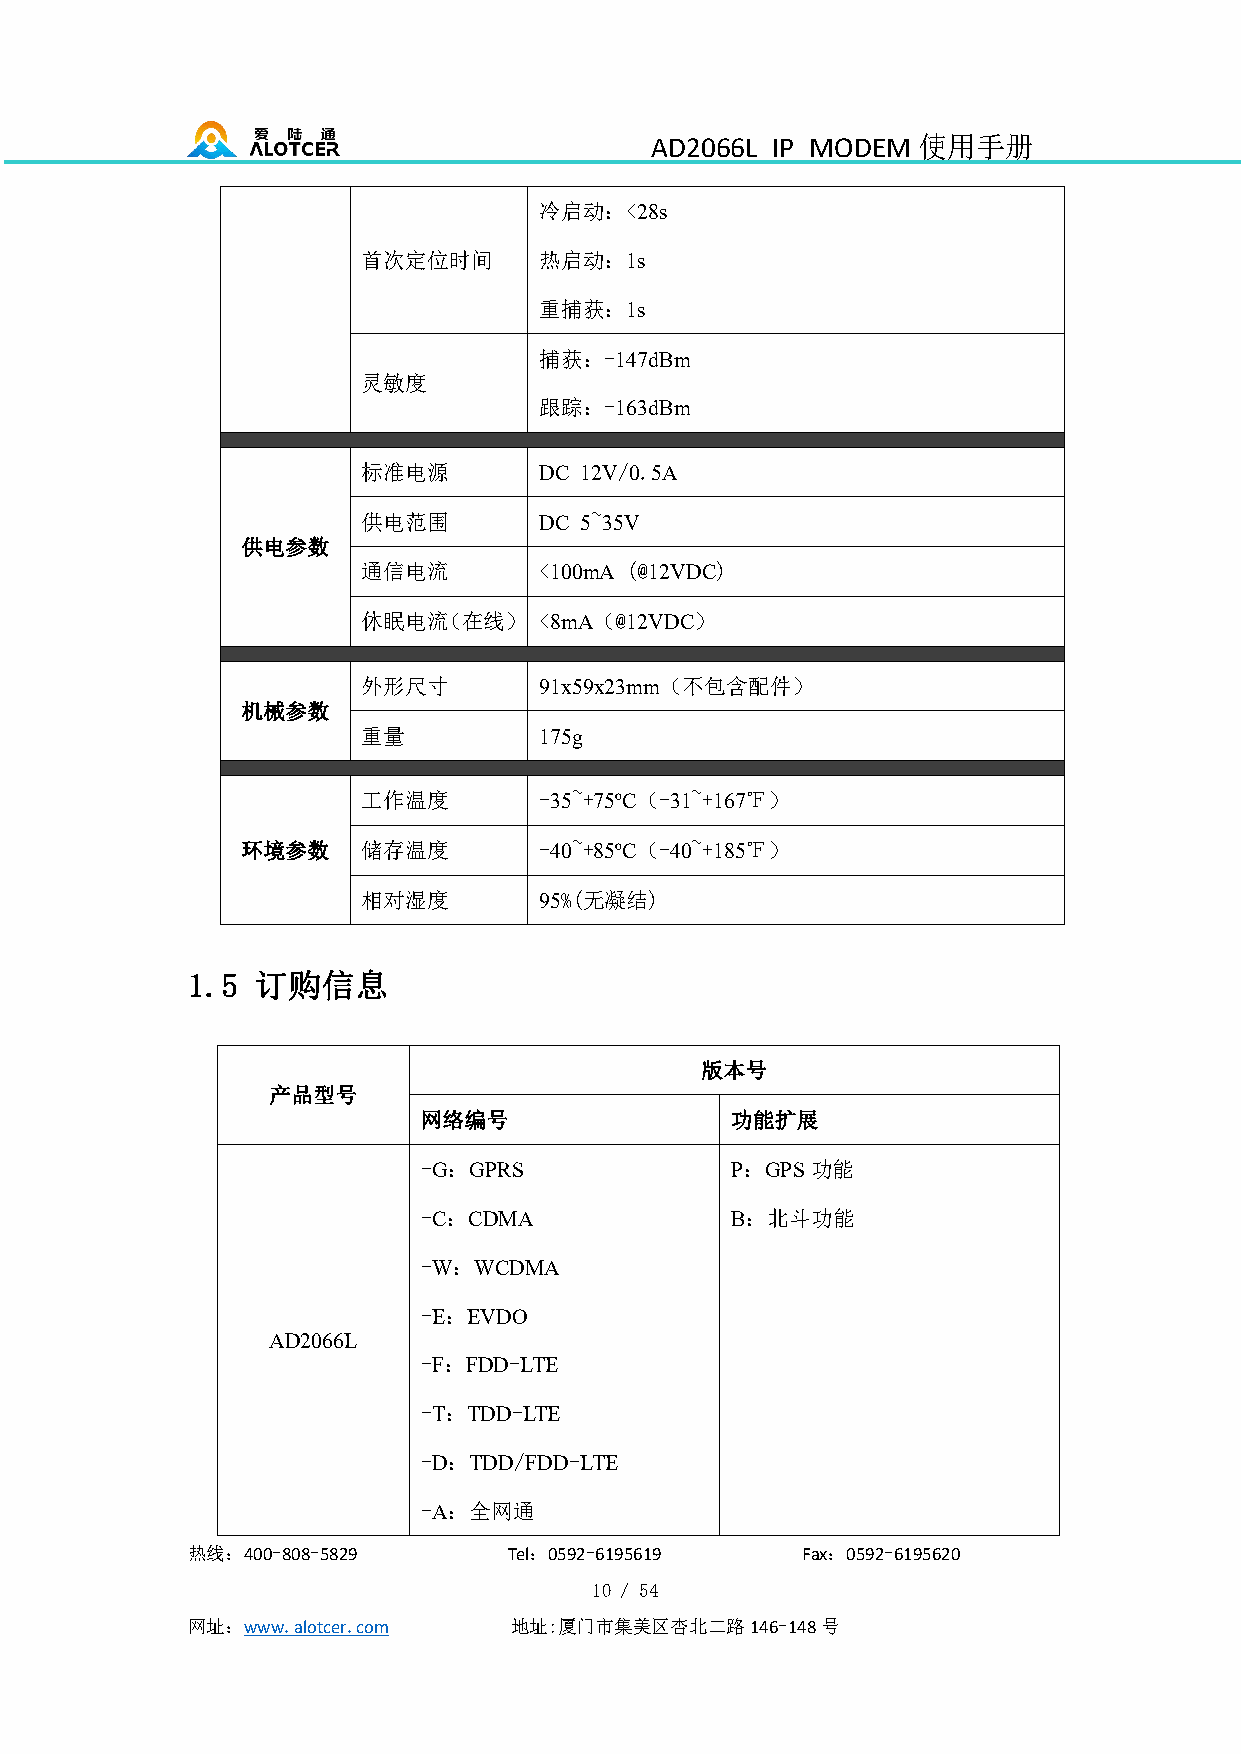
AD2066L IP MODEM  使用手册
 冷启动：<28s
 首次定位时间      热启动：1s
 重捕获：1s
 捕获：-147dBm
 灵敏度
 跟踪：-163dBm
 标准电源        DC 12V/0.5A
 供电范围        DC 5~35V
 供电参数
 通信电流        <100mA (@12VDC)
 休眠电流（在线）    <8mA（@12VDC）
 外形尺寸        91x59x23mm（不包含配件）
 机械参数
 重量          175g
 工作温度        -35~+75ºC（-31~+167℉）
 环境参数    储存温度        -40~+85ºC（-40~+185℉）
 相对湿度        95%(无凝结)
 1.5  订购信息
 版本号
 产品型号
 网络编号                功能扩展
 -G：GPRS             P：GPS功能
 -C：CDMA             B：北斗功能
 -W：WCDMA
 -E：EVDO
 AD2066L
 -F：FDD-LTE
 -T：TDD-LTE
 -D：TDD/FDD-LTE
 -A：全网通
 热线：400-808-5829       Tel：0592-6195619   Fax：0592-6195620
 10 / 54
 网址：www.alotcer.com    地址:厦门市集美区杏北二路146-148号